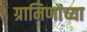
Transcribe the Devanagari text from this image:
ग्रामिणांच्या